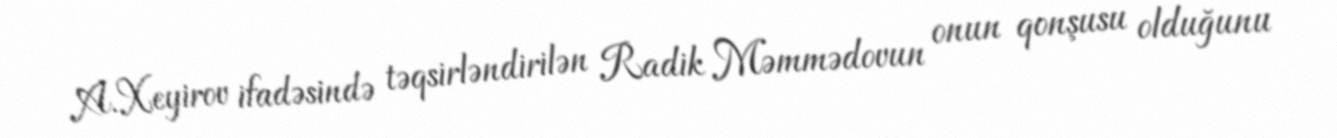
A.Xeyirov ifadəsində təqsirləndirilən Radik Məmmədovun onun qonşusu olduğunu